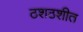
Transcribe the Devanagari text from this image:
ठशठशीत